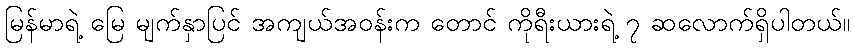
မြန်မာရဲ့ မြေ မျက်နှာပြင် အကျယ်အဝန်းက တောင် ကိုရီးယားရဲ့ ၇ ဆလောက်ရှိပါတယ်။